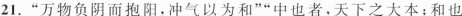
21.”万物负阴而抱阳，冲气以为和””中也者，天下之大本；和也